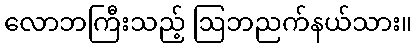
လောဘကြီးသည့် ဩဘညက်နယ်သား။